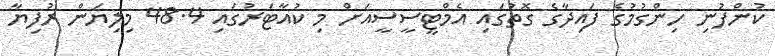
ކުންފުނި ހިންގުމުގެ ފައިދާގެ ގޮތުގައި އެމްޓީސީސީއަށް މި ކުއާޓަރުގައި 48.4 މިލިޔަން ރުފިޔާ